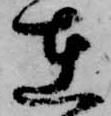
在